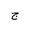
Letter: _gim